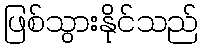
ဖြစ်သွားနိုင်သည်